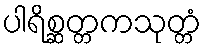
ပါရိစ္ဆတ္တကသုတ္တံ